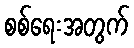
စစ်ရေးအတွက်